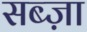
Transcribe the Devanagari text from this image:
सब्ज़ा